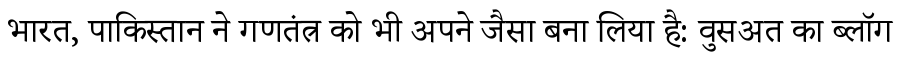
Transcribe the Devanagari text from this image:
भारत, पाकिस्तान ने गणतंत्र को भी अपने जैसा बना लिया है: वुसअत का ब्लॉग